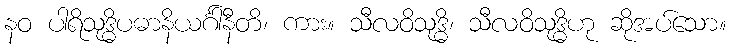
နဝ ပါရိသုဒ္ဓိပဓာနိယင်္ဂါနီတိ၊ ကား။ သီလဝိသုဒ္ဓိ၊ သီလဝိသုဒ္ဓိဟု ဆိုအပ်သော။